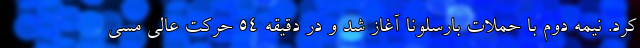
کرد. نیمه دوم با حملات بارسلونا آغاز شد و در دقیقه ۵۴ حرکت عالی مسی